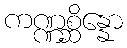
ကဏ္ဏစ္ဆိန္နော